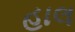
હાલ